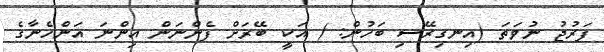
ފަރުޖު ނުވަތަ (އިނގިރޭސި ބަހުން: ) އަކީ ބޭރަށް ފެންނަން އިންނަ އަންހެނާގެ